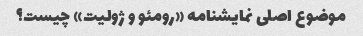
موضوع اصلی نمایشنامه «رومئو و ژولیت» چیست؟